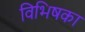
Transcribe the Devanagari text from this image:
विभिषका